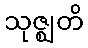
သုဇ္ဈတိ